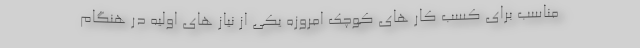
مناسب برای کسب کار های کوچک امروزه یکی از نیاز های اولیه در هنگام